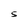
Character: S